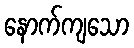
နောက်ကျသော